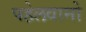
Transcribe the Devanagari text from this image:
पहेलवानो